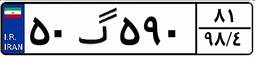
۵۰گ۵۹۰۸۱